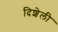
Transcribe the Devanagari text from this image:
दिशेली